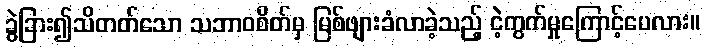
ခွဲခြား၍သိတတ်သော သဘာဝစိတ်မှ မြစ်ဖျားခံလာခဲ့သည့် ငဲ့ကွက်မှုကြောင့်ပေလား။